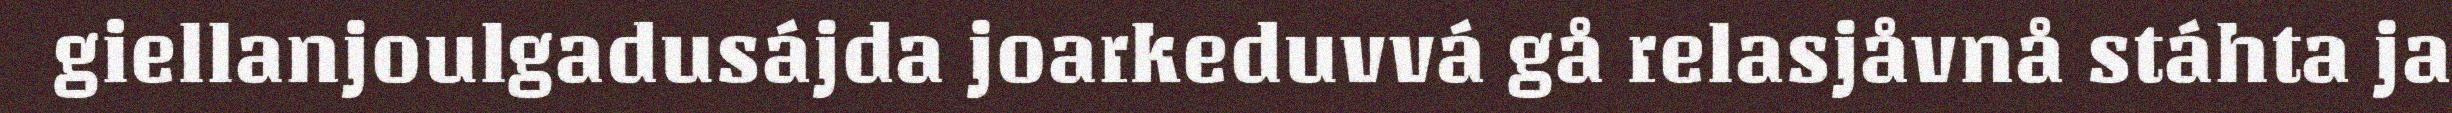
giellanjoulgadusájda joarkeduvvá gå relasjåvnå stáhta ja